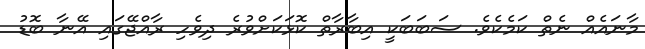
މާނައެއް ނެތް ކަމެކެވެ. ސަބަބަކީ އިބާރާތް ކޮޅަކަށްވުރެ ދިވެހި ރާއްޖޭގައި އޭނާ ބޮޑު